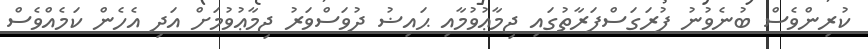
ކުރިންވެސް ބުނެވުނު ފުރަގަސްފަރާތުގައި ޖިމާޢުވުމާއި ޙައިޟު ދުވަސްވަރު ޖިމާޢުވުމަށް އަދި އެހެން ކަމެއްވެސް